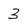
Character: 3